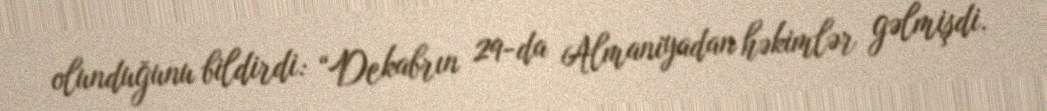
olunduğunu bildirdi: “Dekabrın 29-da Almaniyadan həkimlər gəlmişdi.